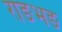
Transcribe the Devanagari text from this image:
राङभङ